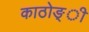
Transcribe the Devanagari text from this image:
काठोङ्ी